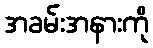
အခမ်းအနားကို